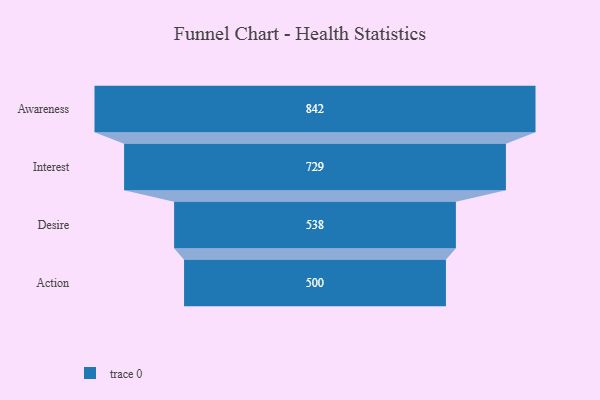
{"axis": {"x": "Stage", "y": "Value"}, "legend": [""], "data": [{"x": "Awareness", "y": 842.0, "type": ""}, {"x": "Interest", "y": 729.0, "type": ""}, {"x": "Desire", "y": 538.0, "type": ""}, {"x": "Action", "y": 500, "type": ""}]}